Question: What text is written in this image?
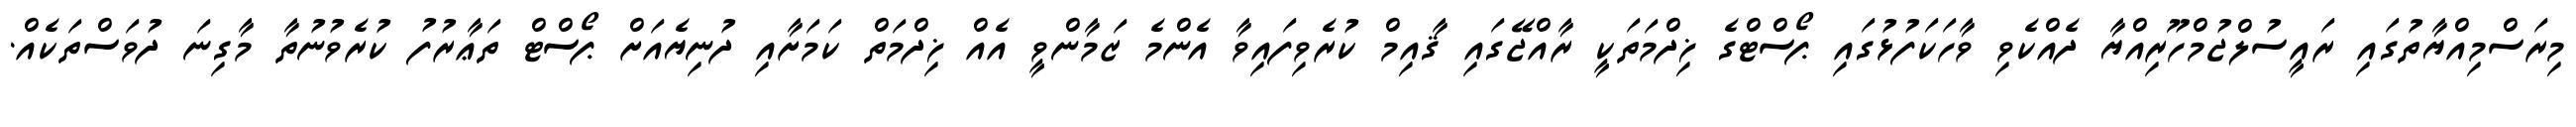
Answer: މިރަސްމިއްޔާތުގައި ރައީސުލްޖުމްހޫރިއްޔާ ދެއްކެވި ވާހަކަފުޅުގައި ޕޯސްޓްގެ ޚިދްމަތަކީ ރާއްޖޭގައި ޤާއިމް ކުރެވިފައިވާ އެންމެ ޒަމާންވީ އެއް ޚިދްމަތް ކަމަށާއި ދުނިޔެއަށް ޕޯސްޓް ތަޢާރުފު ކުރެވުނުތާ މާގިނަ ދުވަސްތަކެއް.